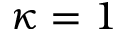
\kappa = 1